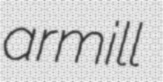
armill